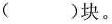
( )块。